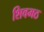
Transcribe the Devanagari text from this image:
शिवमठ